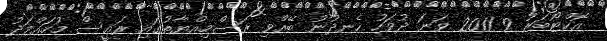
އޮކްޓޯބަރު 9 2011 ވަނަ ދުވަހު ހެނދުނު ބޭއްވި ރަސްމިއްޔާތުގައި ރައީސް މުހައްމަދު